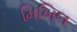
મિખિલ